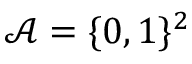
\mathcal { A } = \{ 0 , 1 \} ^ { 2 }